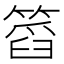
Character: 䈱